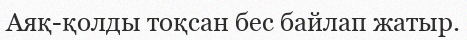
Аяқ-қолды тоқсан бес байлап жатыр.